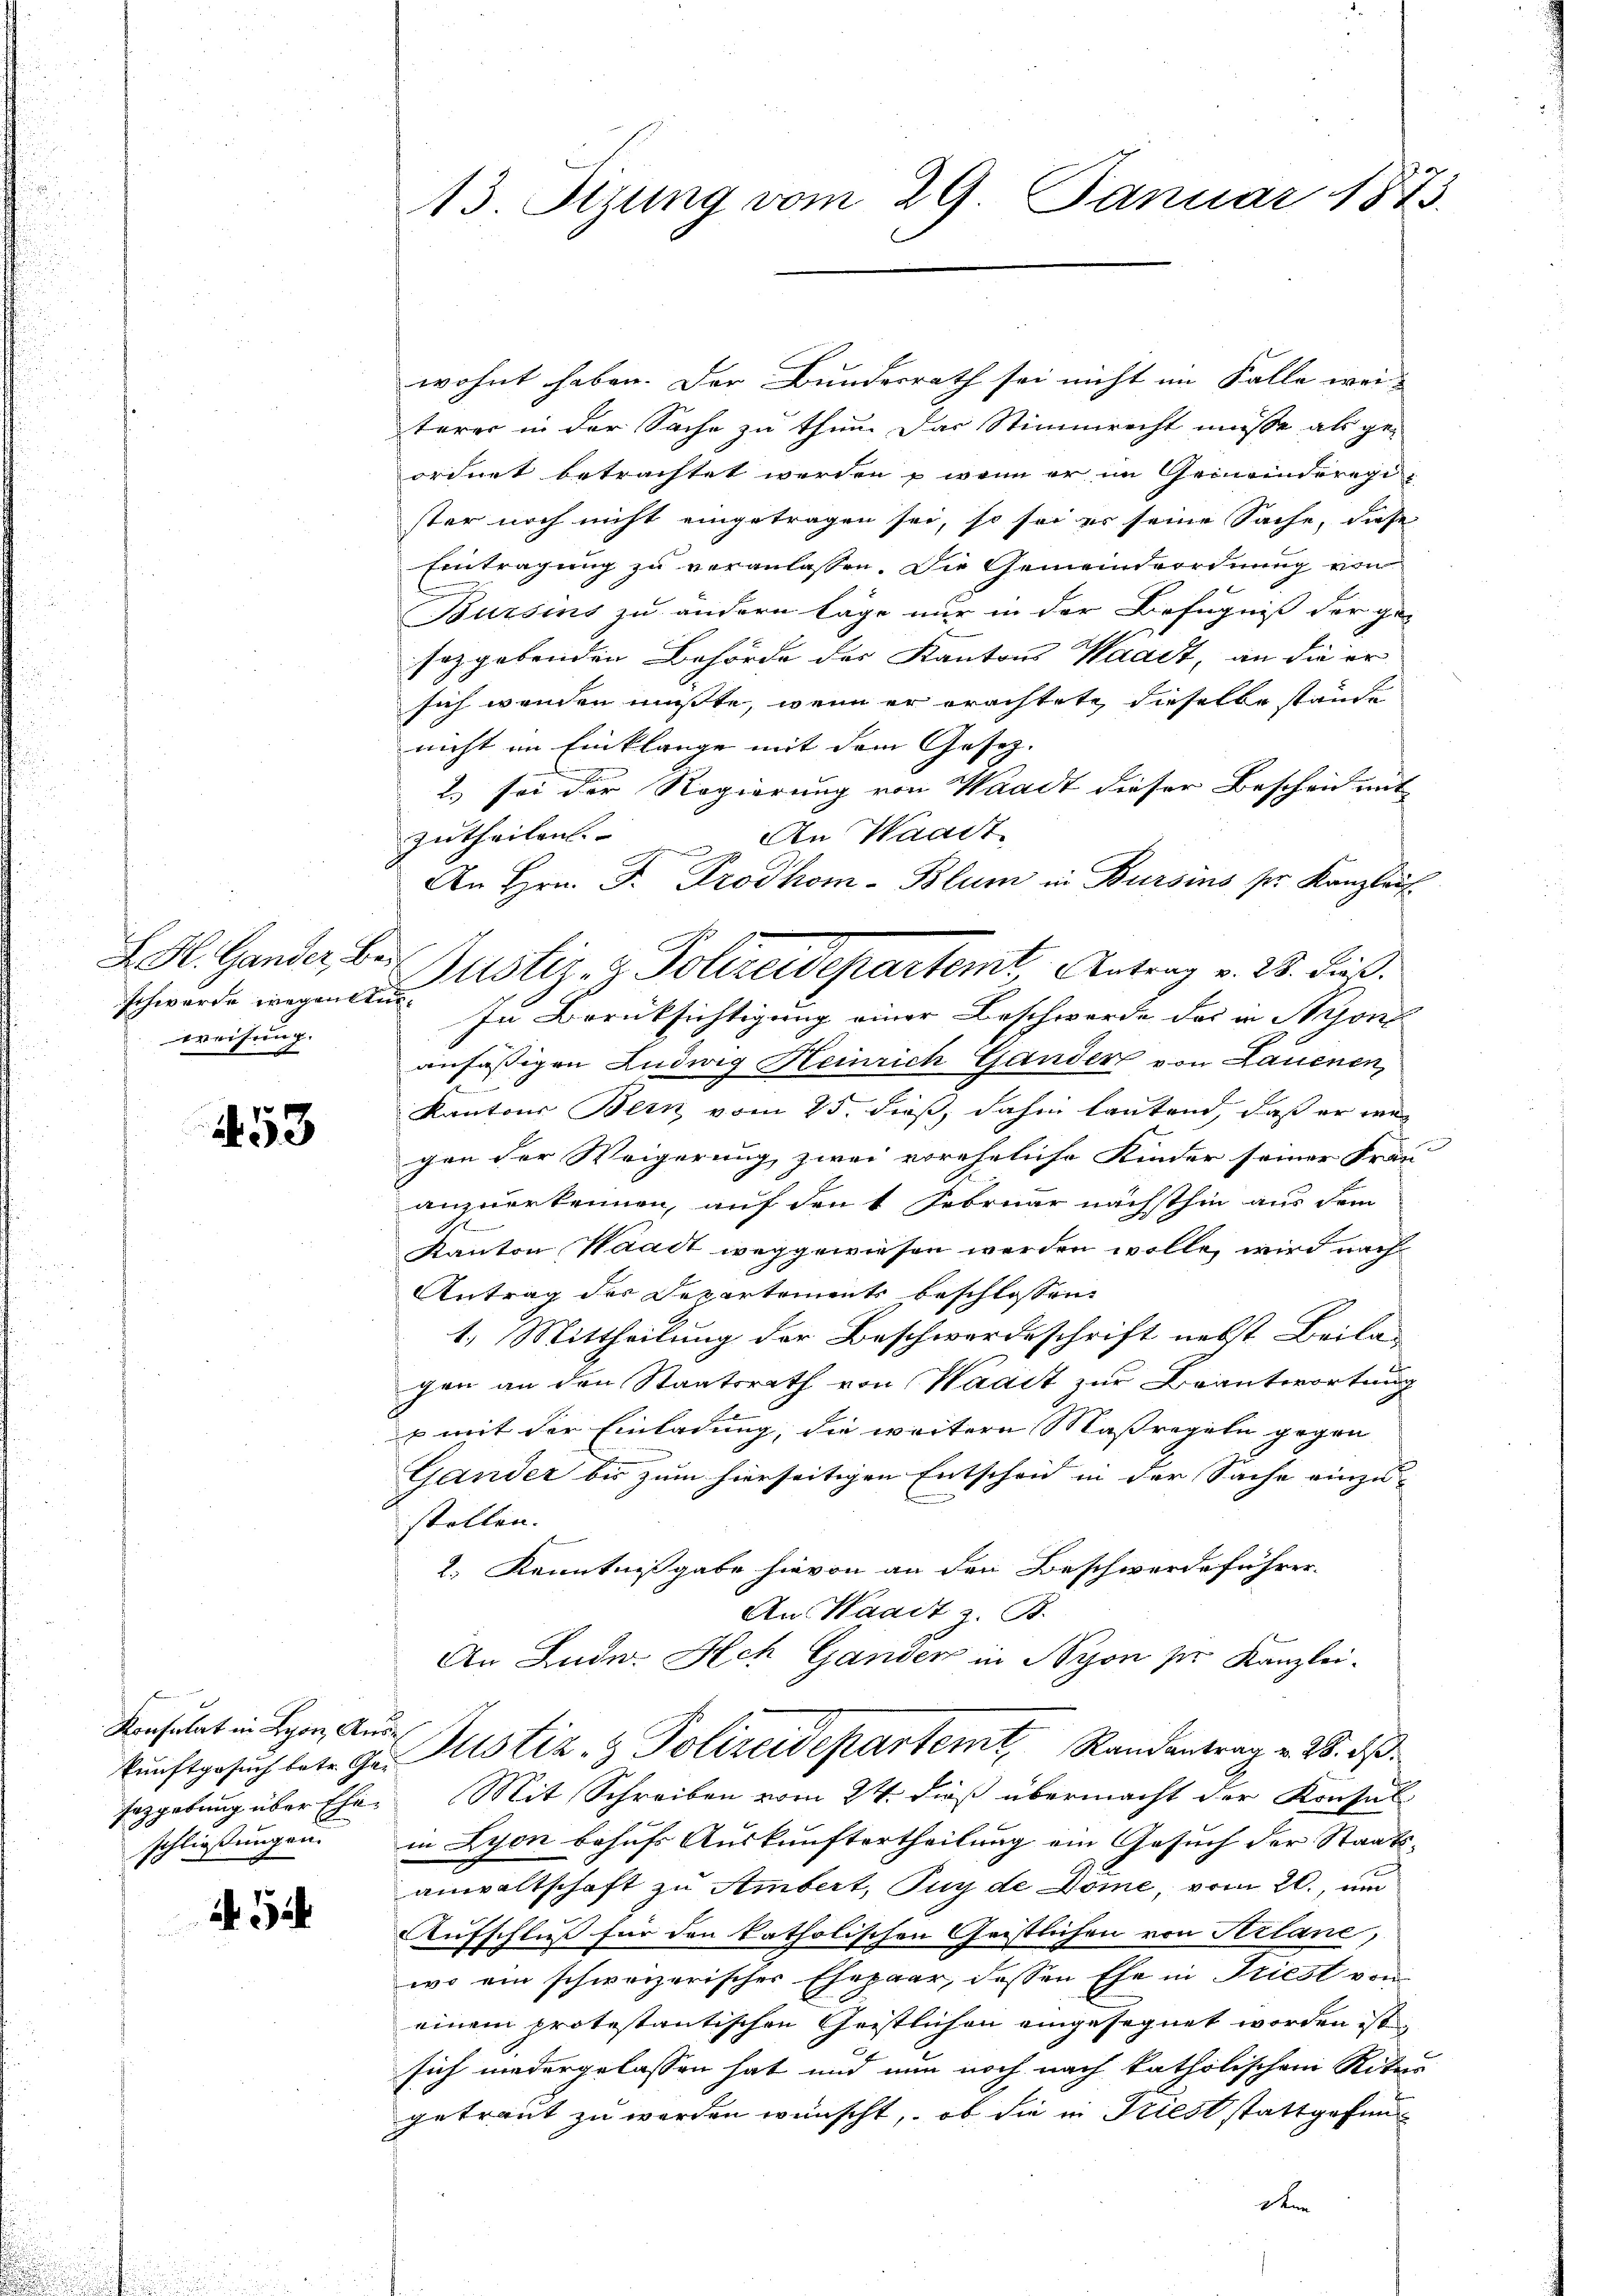
schwerde wegentue
weisung.

53

Konsulat in Lyon, Aus

5

13. Stzung vom 29. Januar 1873.

wohnt haben. Der Bundesrath sei nicht im Falle wei-
terer in der Sache zu thun. Das Stimmrecht müsse als ge-
ordnet betrachtet werden , wenn er im Gemeinderegister noch nicht eingetragen sei, so sei er seine Sache, diese
Eintragung zu veranlassen. Die Gemeindeordnung von
Bursins zu ändern läge nur in der Befugniß der ge-
sezgebenden Behörde des Kantons Waadt, an die er
sich wenden müßte, wenn er erachtete dieselbe stände
nicht im Einklange mit dem Gesetz-
2) sei der Regierung von Waadt dieser Bescheid mit
An Waadt
zutheilen.

An Hrn. F. Prodhom-Blum in Bursins pr. Kanzlauf
In Berücksichtigung einer Beschwerde das in Sone
anfässigen Ludwig Heinrich Gandere von Lauenen,
Kantons Bern vom 25. dieß, dahin lautend, daß er war
gen der Weigerung zwei voreheliche Kinder seiner Frau
anzuerkennen, auf den 1 Februar nächsthin aus dem
Kanton Waadt weggewiesen werden wolle, wird nach
Antrag der Departements beschlossen:
1.) Mittheilung der Beschwerdeschrift nebst Beila-
gen an den Staatsrath von Waadt zur Beantwortung
E
s mit der Einladung, die weitere Massregeln gegen |
Gander bis zum hierseitigen Entscheid in der Sache einzu
stellen.
2.) Kenntnißgabe hievon an den Beschwerde führer-
An Waadt z. B.
An Lude. Ach Gander in Nyon per Kanzlei-
kunftgesuch betr. Gr. Rustiz- & Polizeidepartem Randantrag v. 28. de
sazgebung über Ehe. Mit Schreiben vom 24. dieß übermacht der Konsul
schließungen. in Lyon behufs Auskunftertheilung ein Gesuch der Staatsanwaltschaft zu Ambert, Puyde Dome, vom 20., um
Aufschluß für den katholischen Geistlichen von Arlane,
wo ein schweizerischer Ehepaar, dessen Ehe in Triest von
einem protestantischen Geistlichen eingesegnet worden ist,
sich niedergelassen hat und nun noch nach katholischem Ritas
getraut zu werden wünscht, ob die in Priest stattgefun
Dene

LGl. Gander, der Justiz- & Polizeidepartemt, Antrag v. 28. Fuß.